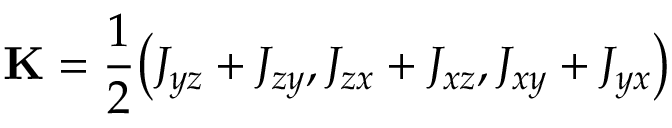
{ \bf K } = \frac { 1 } { 2 } \big ( J _ { y z } + J _ { z y } , J _ { z x } + J _ { x z } , J _ { x y } + J _ { y x } \big )